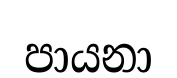
පායනා